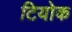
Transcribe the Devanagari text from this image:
टियोक